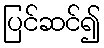
ပြင်ဆင်၍